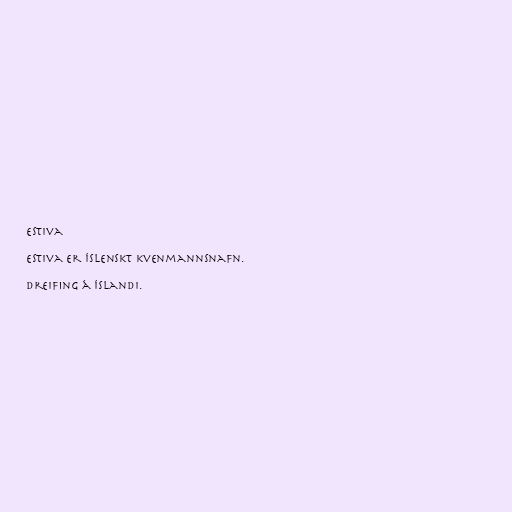
Estiva

Estiva er íslenskt kvenmannsnafn.

Dreifing á Íslandi.